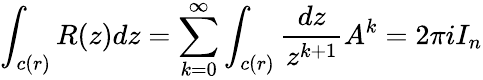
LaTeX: \int_{c(r)}R(z)dz=\sum_{k=0}^{\infty}\int_{c(r)}{\frac{dz}{z^{k+1}}}A^{k}=2\pi iI_{n}